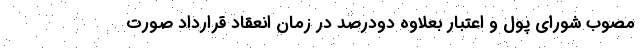
مصوب شورای پول و اعتبار بعلاوه دودرصد در زمان انعقاد قرارداد صورت